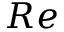
R e